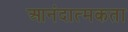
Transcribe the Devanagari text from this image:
आनंदात्मकता